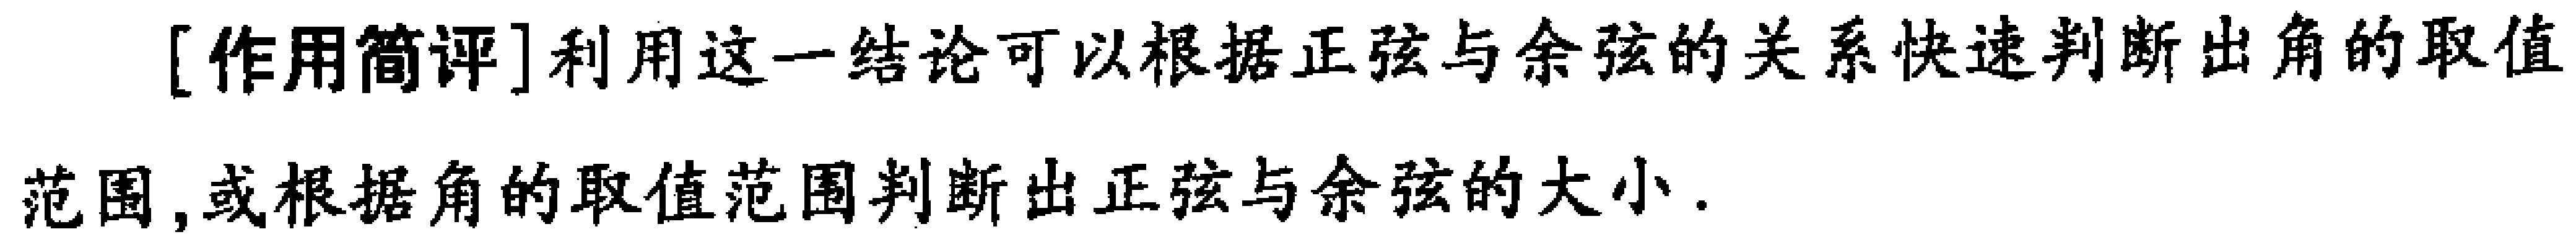
[作用简评]利用这一结论可以根据正弦与余弦的关系快速判断出角的取值范围, 或根据角的取值范围判断出正弦与余弦的大小.